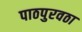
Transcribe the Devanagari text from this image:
पाठपुरवठा